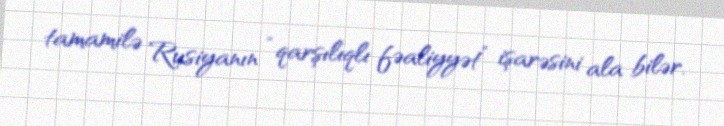
tamamilə Rusiyanın “qarşılıqlı fəaliyyət” işarəsini ala bilər.